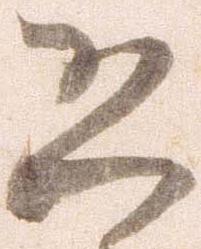
恐